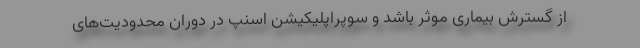
از گسترش بیماری موثر باشد و سوپراپلیکیشن اسنپ در دوران محدودیت‌های